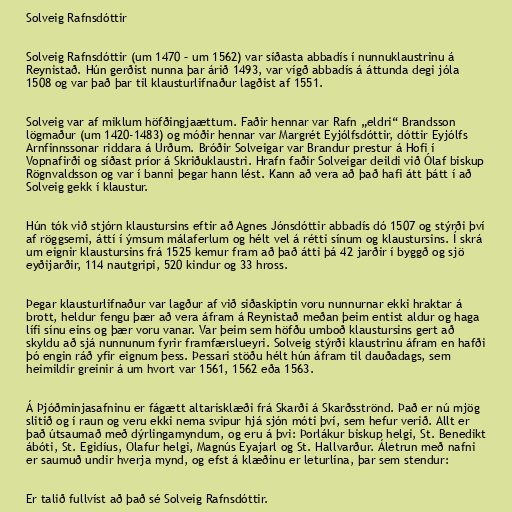
Solveig Rafnsdóttir

Solveig Rafnsdóttir (um 1470 – um 1562) var síðasta abbadís í nunnuklaustrinu á
Reynistað. Hún gerðist nunna þar árið 1493, var vígð abbadís á áttunda degi jóla
1508 og var það þar til klausturlifnaður lagðist af 1551.

Solveig var af miklum höfðingjaættum. Faðir hennar var Rafn „eldri“ Brandsson
lögmaður (um 1420-1483) og móðir hennar var Margrét Eyjólfsdóttir, dóttir Eyjólfs
Arnfinnssonar riddara á Urðum. Bróðir Solveigar var Brandur prestur á Hofi í
Vopnafirði og síðast príor á Skriðuklaustri. Hrafn faðir Solveigar deildi við Ólaf biskup
Rögnvaldsson og var í banni þegar hann lést. Kann að vera að það hafi átt þátt í að
Solveig gekk í klaustur.

Hún tók við stjórn klaustursins eftir að Agnes Jónsdóttir abbadís dó 1507 og stýrði því
af röggsemi, áttí í ýmsum málaferlum og hélt vel á rétti sínum og klaustursins. Í skrá
um eignir klaustursins frá 1525 kemur fram að það átti þá 42 jarðir í byggð og sjö
eyðijarðir, 114 nautgripi, 520 kindur og 33 hross.

Þegar klausturlifnaður var lagður af við siðaskiptin voru nunnurnar ekki hraktar á
brott, heldur fengu þær að vera áfram á Reynistað meðan þeim entist aldur og haga
lífi sínu eins og þær voru vanar. Var þeim sem höfðu umboð klaustursins gert að
skyldu að sjá nunnunum fyrir framfærslueyri. Solveig stýrði klaustrinu áfram en hafði
þó engin ráð yfir eignum þess. Þessari stöðu hélt hún áfram til dauðadags, sem
heimildir greinir á um hvort var 1561, 1562 eða 1563.

Á Þjóðminjasafninu er fágætt altarisklæði frá Skarði á Skarðsströnd. Það er nú mjög
slitið og í raun og veru ekki nema svipur hjá sjón móti því, sem hefur verið. Allt er
það útsaumað með dýrlingamyndum, og eru á þvi: Þorlákur biskup helgi, St. Benedikt
ábóti, St. Egidíus, Olafur helgi, Magnús Eyajarl og St. Hallvarður. Áletrun með nafni
er saumuð undir hverja mynd, og efst á klæðinu er leturlína, þar sem stendur:

Er talið fullvíst að það sé Solveig Rafnsdóttir.